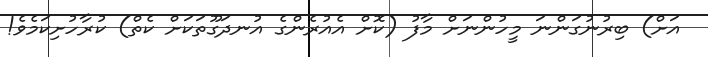
އަށް) ބިރުނުގަންނަ މީހުންނަށް މާފު (ކޮށް އެއުރެންގެ އުނދަގޫތަކަށް ކެތް) ކުރާހުށިކަމެވެ!